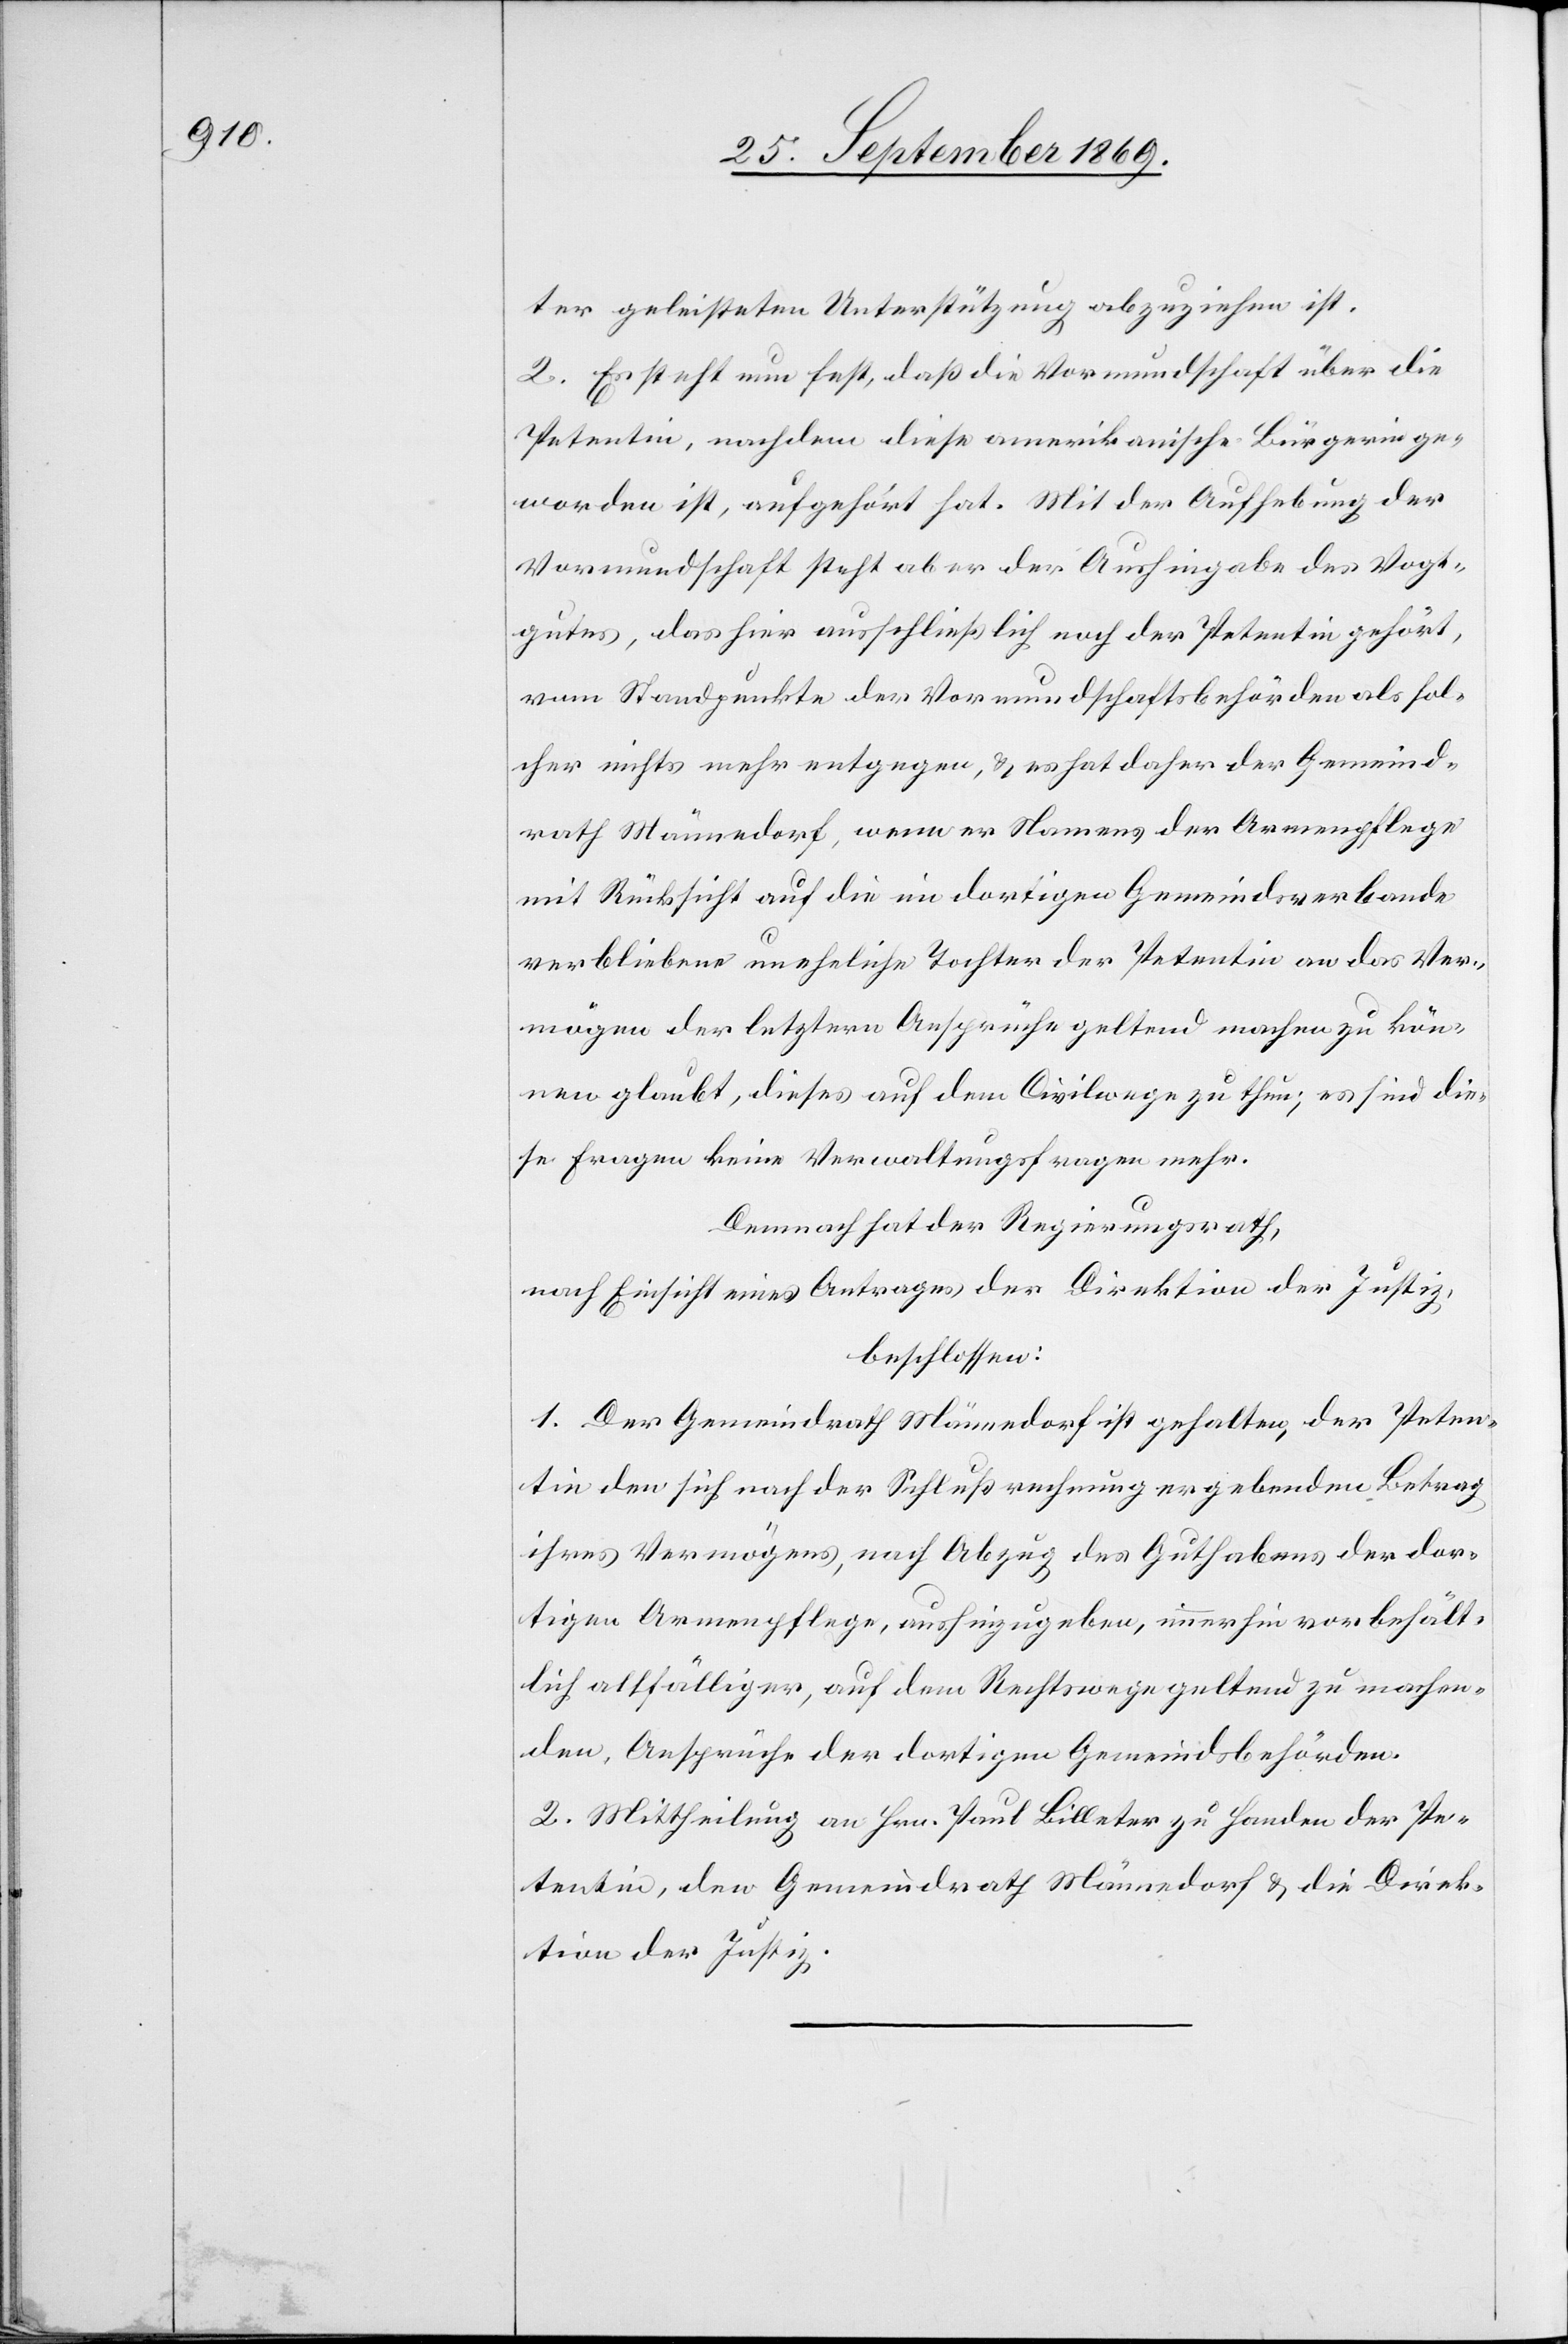
ter geleisteten Unterstützung abzuziehen ist.
2. Es steht nun fest, daß die Vormundschaft über die
Petentin, nachdem diese amerikanische Bürgerin ge¬
worden ist, aufgehört hat. Mit der Aufhebung der
Vormundschaft steht aber der Aushingabe des Vogt¬
gutes, das hier ausschließlich noch der Petentin gehört,
vom Standpunkte der Vormundschaftsbehörden als sol¬
cher nichts mehr entgegen, & es hat daher der Gemeind¬
rath Männedorf, wenn er Namens der Armenpflege
mit Rücksicht auf die im dortigen Gemeindsverbande
verbliebene uneheliche Tochter der Petentin an das Ver¬
mögen der letztern Ansprüche geltend machen zu kön¬
nen glaubt, dieses auf dem Civilwege zu thun; es sind die¬
se Fragen keine Verwaltungsfragen mehr.
Demnach hat der Regierungsrath,
nach Einsicht eines Antrages der Direktion der Justiz,
beschlossen:
1. Der Gemeindrath Männedorf ist gehalten, der Peten¬
tin den sich nach der Schlußrechnung ergebenden Betrag
ihres Vermögens, nach Abzug des Guthabens der dor¬
tigen Armenpflege, aushinzugeben, immerhin vorbehält¬
lich allfälliger, auf dem Rechtswege geltend zu machen¬
den, Ansprüche der dortigen Gemeindsbehörden.
2. Mittheilung an Hrn. Paul Billeter zu Handen der Pe¬
tentin, den Gemeindrath Männedorf & die Direk¬
tion der Justiz.